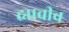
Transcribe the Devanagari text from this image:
ह्याचीच